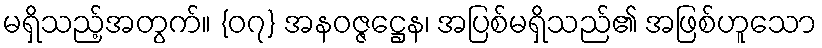
မရှိသည့်အတွက်။ {၀၇} အနဝဇ္ဇဋ္ဌေန၊ အပြစ်မရှိသည်၏ အဖြစ်ဟူသော